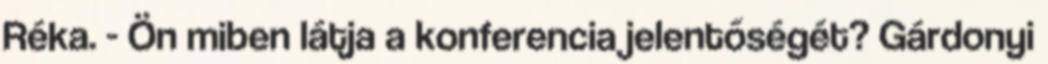
Réka. - Ön miben látja a konferencia jelentőségét? Gárdonyi